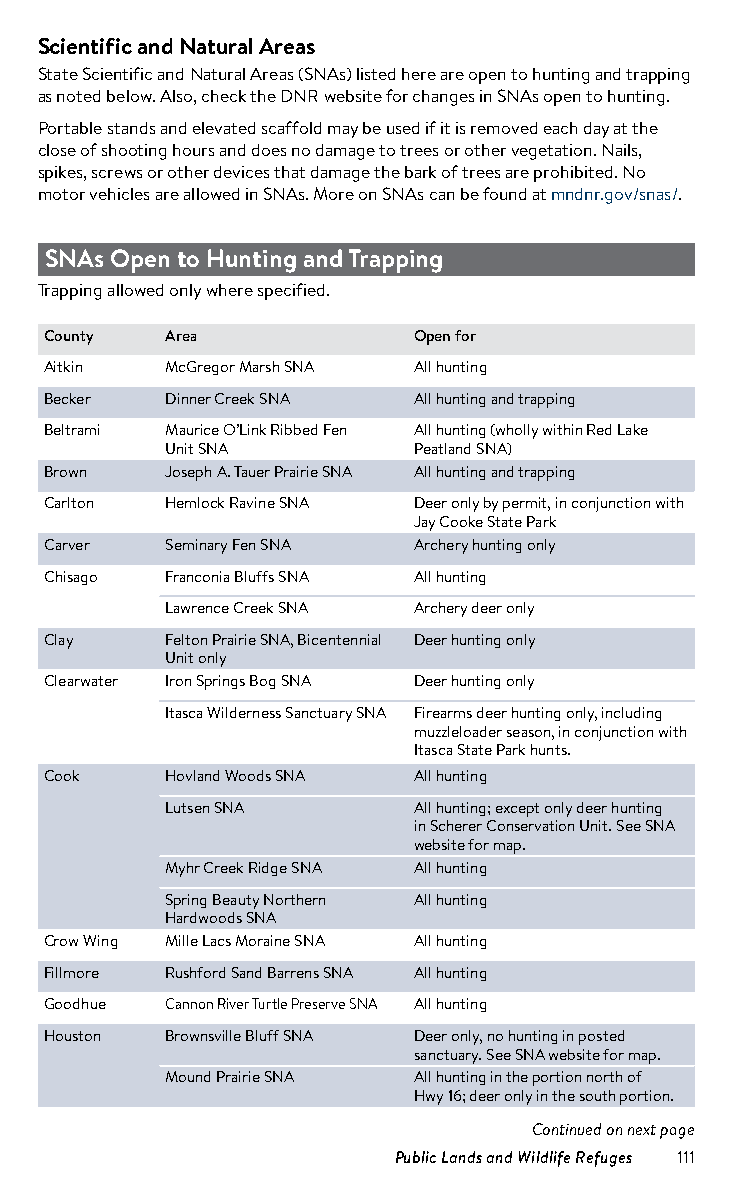
Scientific and Natural Areas
 State Scientific and Natural Areas (SNAs) listed here are open to hunting and trapping
 as noted below. Also, check the DNR website for changes in SNAs open to hunting.
 Portable stands and elevated scaffold may be used if it is removed each day at the
 close of shooting hours and does no damage to trees or other vegetation. Nails,
 spikes, screws or other devices that damage the bark of trees are prohibited. No
 motor vehicles are allowed in SNAs. More on SNAs can be found at mndnr.gov/snas/.
 SNAs Open to Hunting and Trapping
 Trapping allowed only where specified.
 County  Area            Open for
 Aitkin  McGregor Marsh SNA All hunting
 Becker  Dinner Creek SNA All hunting and trapping
 Beltrami Maurice O’Link Ribbed Fen All hunting (wholly within Red Lake
 Unit SNA        Peatland SNA)
 Brown   Joseph A. Tauer Prairie SNA All hunting and trapping
 Carlton Hemlock Ravine SNA Deer only by permit, in conjunction with
 Jay Cooke State Park
 Carver  Seminary Fen SNA Archery hunting only
 Chisago Franconia Bluffs SNA All hunting
 Lawrence Creek SNA Archery deer only
 Clay    Felton Prairie SNA, Bicentennial Deer hunting only
 Unit only
 Clearwater Iron Springs Bog SNA Deer hunting only
 Clearwater Itasca Wilderness Sanctuary SNA Firearms deer hunting only, including
 muzzleloader season, in conjunction with
 Itasca State Park hunts.
 Cook    Hovland Woods SNA All hunting
 Cook    Lutsen SNA      All hunting; except only deer hunting
 in Scherer Conservation Unit. See SNA
 website for map.
 Cook    Myhr Creek Ridge SNA All hunting
 Cook    Spring Beauty Northern All hunting
 Hardwoods SNA
 Crow Wing Mille Lacs Moraine SNA All hunting
 Fillmore Rushford Sand Barrens SNA All hunting
 Goodhue Cannon River Turtle Preserve SNA All hunting
 Houston Brownsville Bluff SNA Deer only, no hunting in posted
 sanctuary. See SNA website for map.
 Houston Mound Prairie SNA All hunting in the portion north of
 Hwy 16; deer only in the south portion.
 Continued on next page
 Public Lands and Wildlife Refuges 111